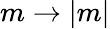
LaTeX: m\rightarrow|m|